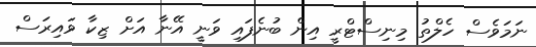
ނަމަވެސް ހެލްތު މިނިސްޓްރީ އިން ބުނެފައި ވަނީ އޭނާ އަށް ޒިކާ ވައިރަސް